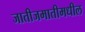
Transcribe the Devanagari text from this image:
जातीजमातीमधील